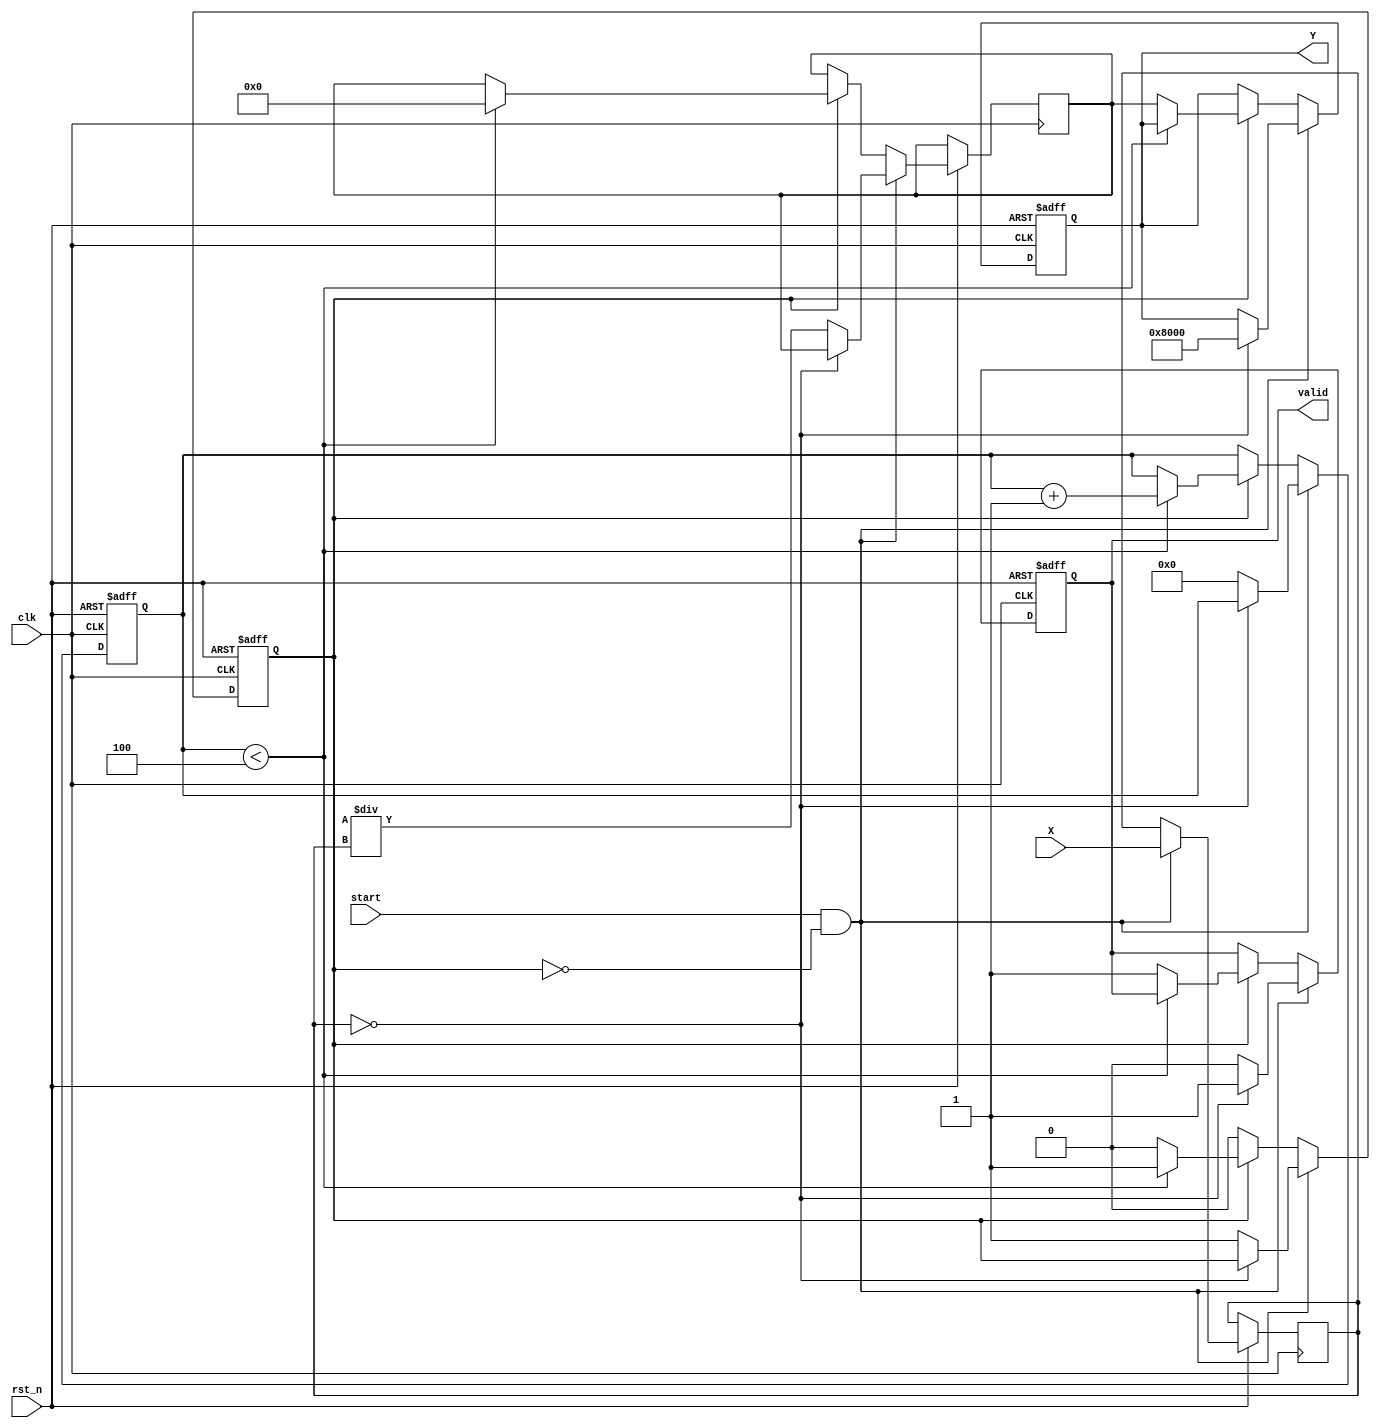
module binary_fractional_reciprocal #(
    parameter N = 16 // Width of the input and output
)(
    input  wire [N-1:0] X,       // Input data (binary fractional number)
    input  wire clk,              // Clock signal
    input  wire rst_n,            // Active low reset signal
    input  wire start,            // Start signal for computation
    output reg  [N-1:0] Y,        // Output data (reciprocal of X)
    output reg  valid              // Output valid signal
);

    reg [N-1:0] x_reg;            // Register to hold input value
    reg [N-1:0] approx;           // Intermediate approximation of the reciprocal
    reg [3:0] iteration;          // Iteration counter
    reg computing;                // State flag for computing

    // Define a constant for the scaling factor
    localparam [N-1:0] scaling_factor = (1 << N); // 2^N

    always @(posedge clk or negedge rst_n) begin
        if (!rst_n) begin
            Y <= 0;
            valid <= 0;
            computing <= 0;
            iteration <= 0;
        end else begin
            if (start && !computing) begin
                // Start computation
                x_reg <= X;
                if (x_reg == 0) begin
                    // Handle division by zero case
                    Y <= {1'b1, {N-1{1'b0}}}; // Return maximum value for Y
                    valid <= 1;
                end else begin
                    // Initial approximation using bitwise shift
                    approx <= scaling_factor / x_reg; // Initial approximation
                    iteration <= 0;
                    computing <= 1;
                    valid <= 0;
                end
            end else if (computing) begin
                if (iteration < 4) begin // 4 iterations for Newton-Raphson
                    approx <= approx * (scaling_factor - x_reg * approx) >> N; // Update approximation
                    iteration <= iteration + 1;
                end else begin
                    // Final result
                    Y <= approx;
                    valid <= 1;
                    computing <= 0;
                end
            end
        end
    end

endmodule